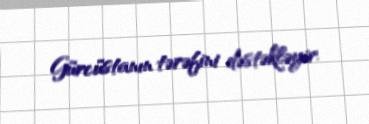
Gürcüstanın tərəfini dəstəkləyir.